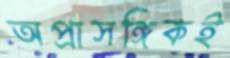
অপ্রাসঙ্গিকই